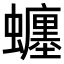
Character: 𧔊